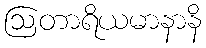
ဩတာရိယမာနာနိ